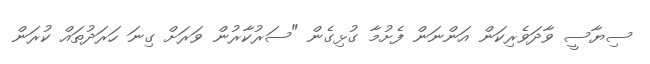
ސިޔާސީ ވާދަވެރިކަން އަންނަން ފެށުމާ ގުޅިގެން "ސަރުކާރުން ވަރަށް ގިނަ ހަރަދުތައް ކުރަން